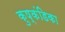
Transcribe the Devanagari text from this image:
कुष्कंडिका